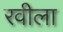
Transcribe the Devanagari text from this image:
रवीला